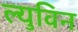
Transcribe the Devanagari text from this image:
ल्युविन